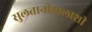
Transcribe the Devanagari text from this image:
सुलतानीवालाशी